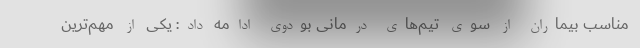
مناسب بیماران از سوی تیم‌های درمانی بودوی ادامه داد: یکی از مهم‌ترین